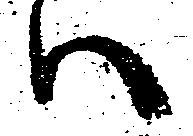
ハ